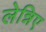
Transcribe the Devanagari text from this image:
लेन्निए